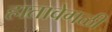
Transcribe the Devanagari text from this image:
हातावेगळी